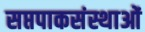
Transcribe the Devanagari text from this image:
सप्तपाकसंस्थाओं